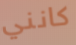
كانني